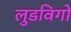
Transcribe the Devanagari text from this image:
लुडविगो